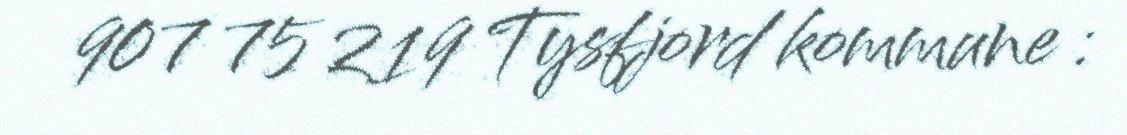
907 75 219 Tysfjord kommune :